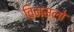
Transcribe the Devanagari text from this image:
विनस्‍लो